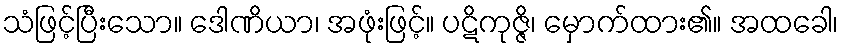
သံဖြင့်ပြီးသော။ ဒေါဏိယာ၊ အဖုံးဖြင့်။ ပဋိကုဇ္ဇိ၊ မှောက်ထား၏။ အထခေါ၊